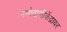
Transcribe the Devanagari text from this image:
नभोवाणीकेंद्रावर